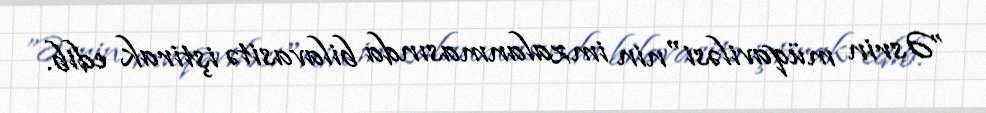
”Əsrin müqaviləsi"nin imzalanmasında bilavasitə iştirak edib.